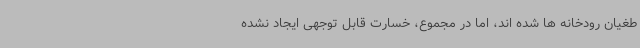
طغیان رودخانه ها شده اند، اما در مجموع، خسارت قابل توجهی ایجاد نشده